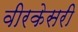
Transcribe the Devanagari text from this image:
वीरकेसरी